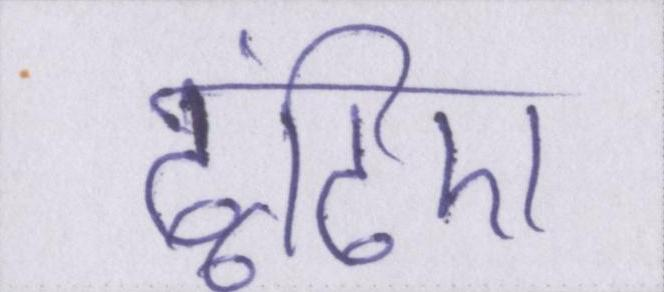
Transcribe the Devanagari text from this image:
ढूंढिए